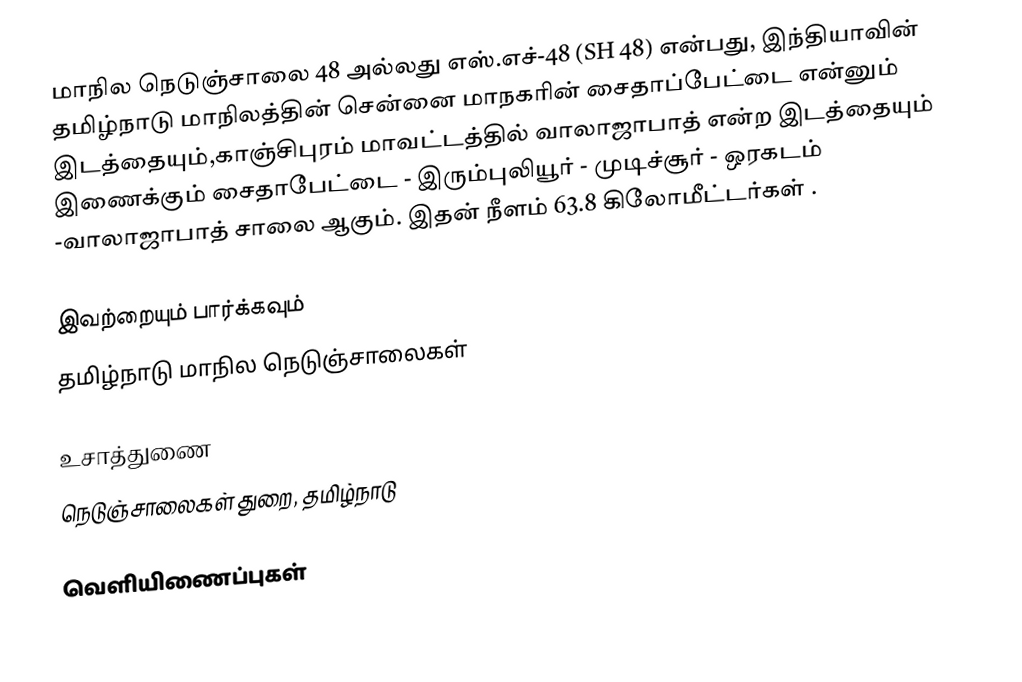
மாநில நெடுஞ்சாலை 48 அல்லது எஸ்.எச்-48 (SH 48) என்பது, இந்தியாவின் தமிழ்நாடு மாநிலத்தின் சென்னை மாநகரின் சைதாப்பேட்டை என்னும் இடத்தையும்,காஞ்சிபுரம் மாவட்டத்தில் வாலாஜாபாத் என்ற இடத்தையும் இணைக்கும் சைதாபேட்டை - இரும்புலியூர் - முடிச்சூர் - ஒரகடம் -வாலாஜாபாத் சாலை ஆகும். இதன் நீளம் 63.8  கிலோமீட்டர்கள் .

இவற்றையும் பார்க்கவும்
 தமிழ்நாடு மாநில நெடுஞ்சாலைகள்

உசாத்துணை
 நெடுஞ்சாலைகள் துறை, தமிழ்நாடு

வெளியிணைப்புகள்